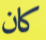
كان